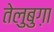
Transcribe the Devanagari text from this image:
तेलुबुग़ा